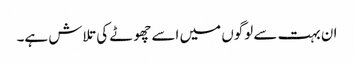
ان بہت سے لوگوں میں اسے چھوٹے کی تلاش ہے۔